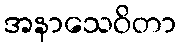
အနာသေဝိတာ